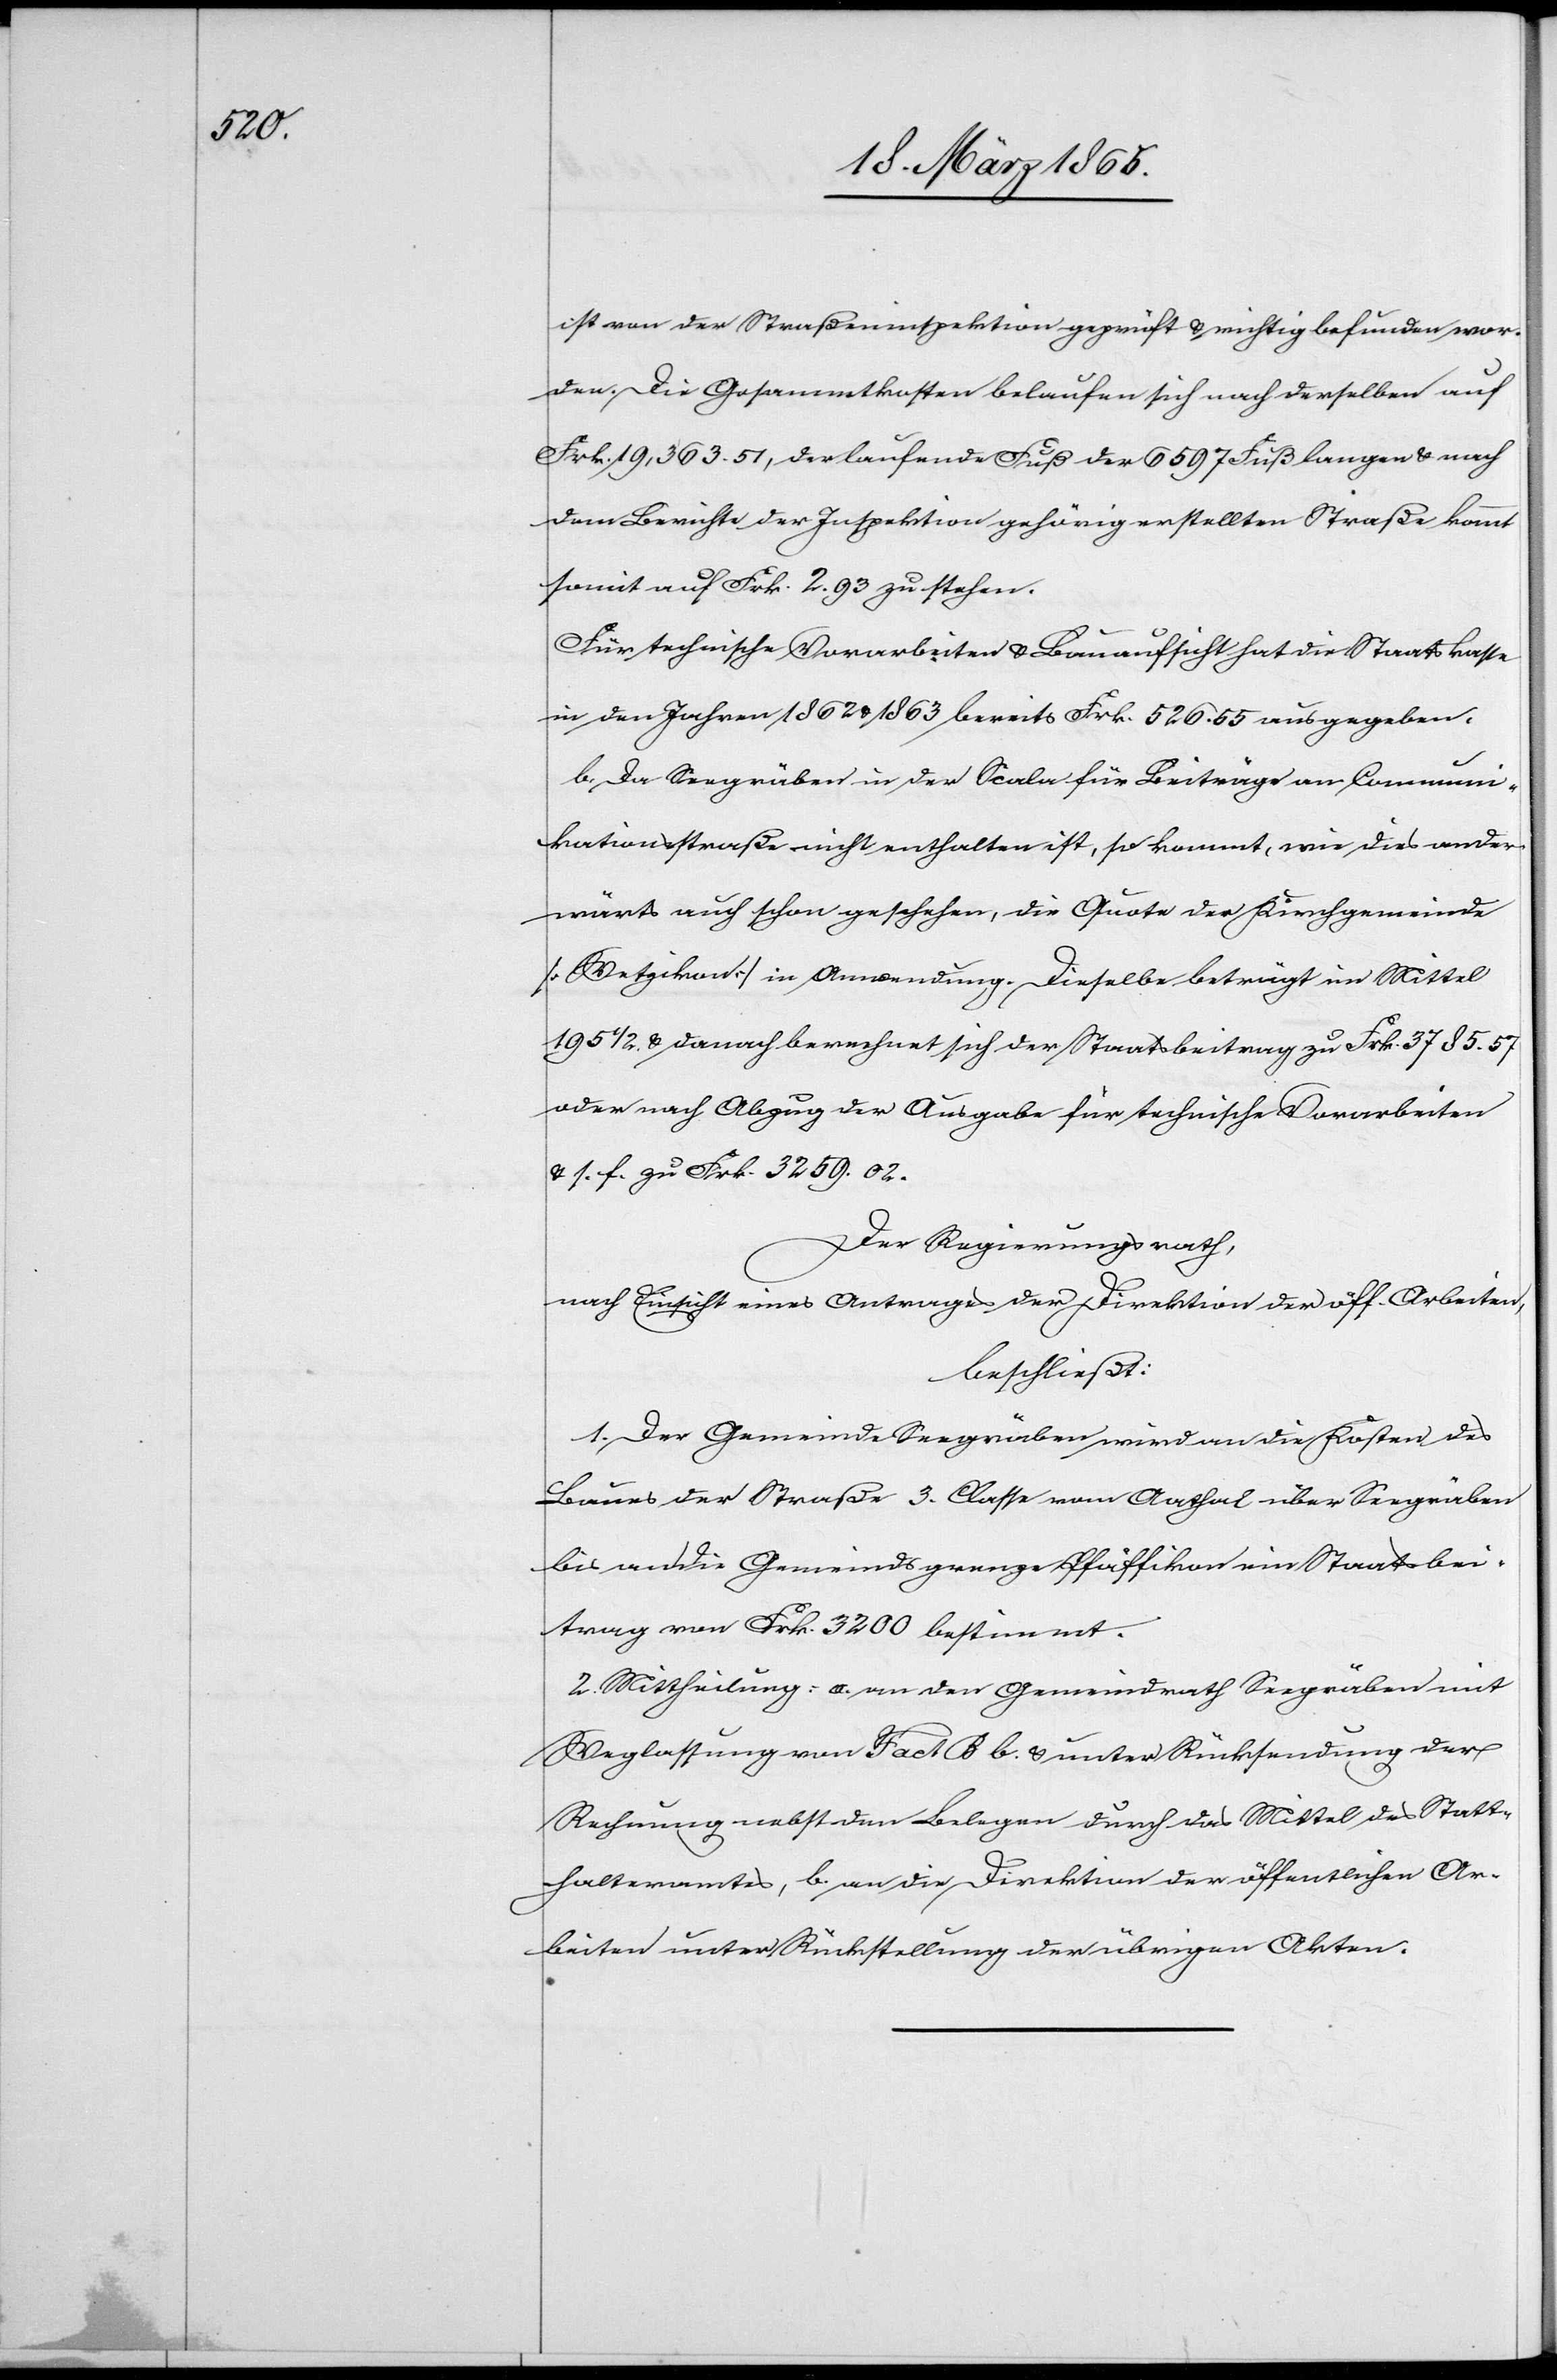
ist von der Straßeninspektion geprüft & richtig befunden wor¬
den. Die Gesammtkosten belaufen sich nach derselben auf
Frk. 19,363. 51, der laufende Fuß der 6597 Fuß langen & nach
dem Berichte der Inspektion gehörig erstellten Straße kommt
somit auf Frk. 2. 93 zu stehen.
Für technische Vorarbeiten & Bauaufsicht hat die Staatskasse
in den Jahren 1862 & 1863 bereits Frk. 526. 55 ausgegeben.
b. Da Seegräben in der Scala für Beiträge an Communi¬
kationsstraße nicht enthalten ist, so kommt, wie dies ander¬
wärts auch schon geschehen, die Quote der Kirchgemeinde
[Wetzikon] in Anwendung. Dieselbe beträgt im Mittel
195 1/2 & danach berechnet sich der Staatsbeitrag zu Frk. 3785. 57
oder nach Abzug der Ausgabe für technische Vorarbeiten
& s. f. zu Frk. 3259. 02.
Der Regierungsrath,
nach Einsicht eines Antrages der Direktion der öff. Arbeiten,
beschließt:
1. Der Gemeinde Seegräben wird an die Kosten, des
Baues der Straße 2. Classe vom Aathal über Seegräben
bis an die Gemeindsgrenze Pfäffikon ein Staatsbei¬
trag von Frk. 3200 bestimmt.
2. Mittheilung: a. an den Gemeindrath Seegräben mit
Weglassung von Fact B b. & unter Rücksendung der
Rechnung nebst den Belegen durch das Mittel des Statt¬
halteramtes, b. an die Direktion der öffentlichen Ar¬
beiten unter Rückstellung der übrigen Akten.